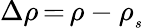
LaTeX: \Delta\rho\, {=}\, \rho-\rho_{_s}